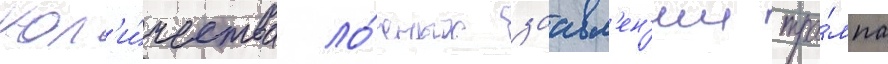
кол'и́чества ло́жных заавл'ен'ии тра́мпа